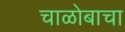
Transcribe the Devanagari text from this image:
चाळोबाचा